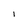
Character: I